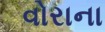
વોરાના